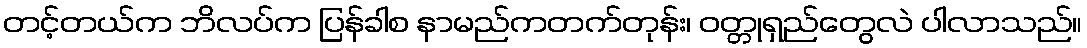
တင့်တယ်က ဘိလပ်က ပြန်ခါစ နာမည်ကတက်တုန်း၊ ဝတ္တုရှည်တွေလဲ ပါလာသည်။